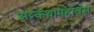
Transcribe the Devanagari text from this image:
अट्टकथामहावंस